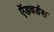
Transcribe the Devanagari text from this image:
ऍडवर्डस